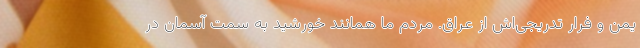
یمن و فرار تدریجی‌اش از عراق. مردم ما همانند خورشید به سمت آسمان در